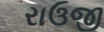
રાઉજી